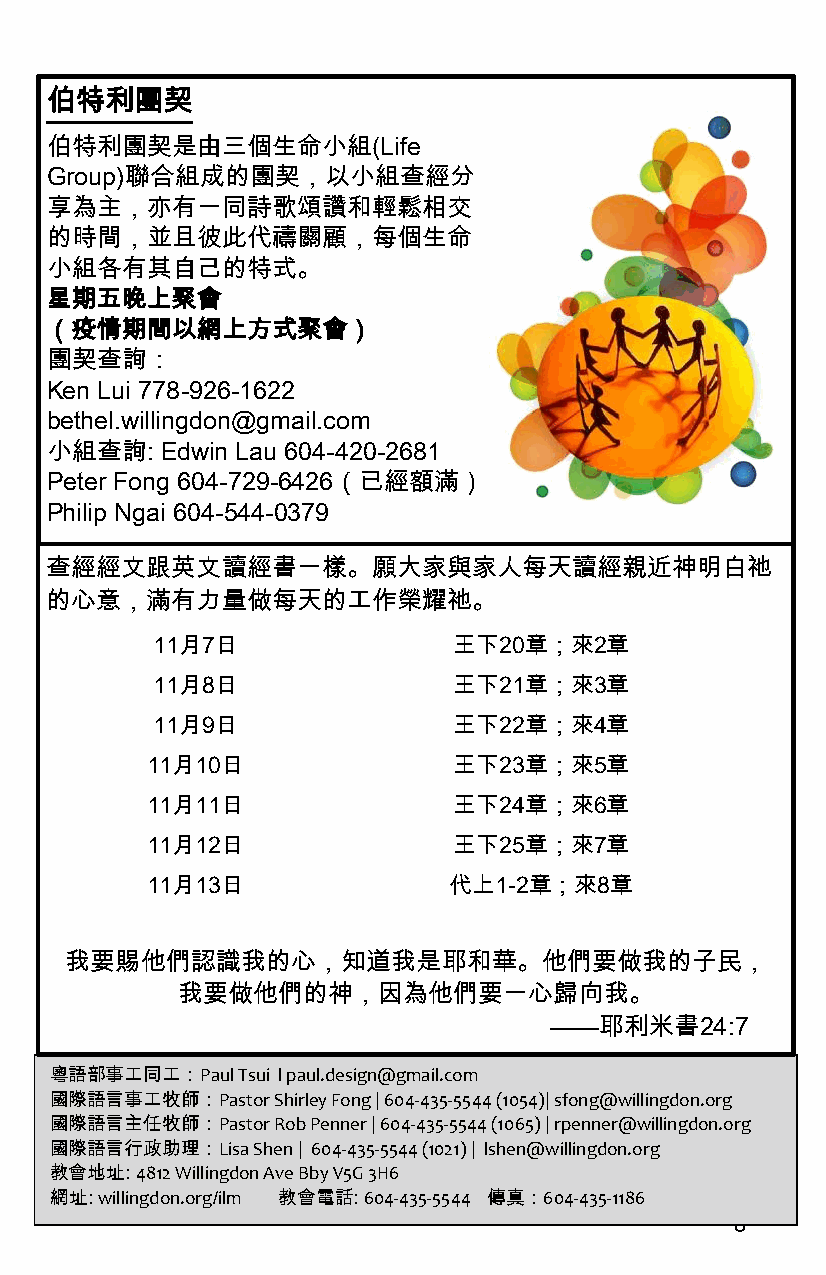
伯特利團契
 伯特利團契是由三個生命小組(Life
 Group)聯合組成的團契，以小組查經分
 享為主，亦有一同詩歌頌讚和輕鬆相交
 的時間，並且彼此代禱關顧，每個生命
 小組各有其自己的特式。
 星期五晚上聚會
 （疫情期間以網上方式聚會）
 團契查詢：
 Ken Lui 778-926-1622
 bethel.willingdon@gmail.com
 小組查詢:   Edwin Lau 604-420-2681
 Peter Fong 604-729-6426（已經額滿）
 Philip Ngai 604-544-0379
 查經經文跟英文讀經書一樣。願大家與家人每天讀經親近神明白祂
 的心意，滿有力量做每天的工作榮耀祂。
 11月7日               王下20章；來2章
 11月8日               王下21章；來3章
 11月9日               王下22章；來4章
 11月10日              王下23章；來5章
 11月11日              王下24章；來6章
 11月12日              王下25章；來7章
 11月13日              代上1-2章；來8章
 我要賜他們認識我的心，知道我是耶和華。他們要做我的子民，
 我要做他們的神，因為他們要一心歸向我。
 ——耶利米書24:7
 粵語部事工同工：Paul Tsui l paul.design@gmail.com
 國際語言事工牧師：Pastor Shirley Fong | 604-435-5544 (1054)| sfong@willingdon.org
 國際語言主任牧師：Pastor Rob Penner | 604-435-5544 (1065) | rpenner@willingdon.org
 國際語言行政助理：Lisa Shen | 604-435-5544 (1021) | lshen@willingdon.org
 教會地址: 4812 Willingdon Ave Bby V5G 3H6
 網址: willingdon.org/ilm 教會電話: 604-435-5544 傳真：604-435-1186
 6